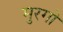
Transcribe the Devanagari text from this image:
मुरगो